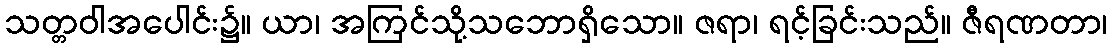
သတ္တဝါအပေါင်း၌။ ယာ၊ အကြင်သို့သဘောရှိသော။ ဇရာ၊ ရင့်ခြင်းသည်။ ဇီရဏတာ၊